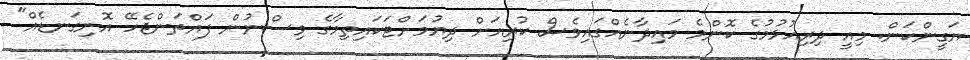
ޔަގީންކަން. މިއީ ދިރިއުޅުމުގެ ކޮންމެ މައިދާނެއްގައިވެސް ކުރިއަށް ދިޔުމަށްޓަކައިތިމާގެ ވިސްނުން ފައްތަންޖެހޭ އޮނިގަނޑެއް"